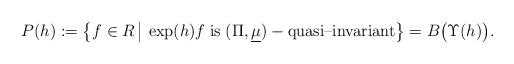
LaTeX: \begin{align*}P(h) := \bigl\{f \in R \,\big|\, \exp(h) f \;\mbox{\rm is} \; (\Pi, \underline{\mu})-\mbox{\rm quasi--invariant}\bigr\} = B\bigl(\Upsilon(h)\bigr).\end{align*}